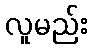
လူမည်း